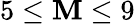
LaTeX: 5\leq\mathbf{M}\leq9